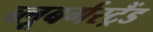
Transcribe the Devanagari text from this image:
ब्‍लूबर्गस्‍ट्रैंड